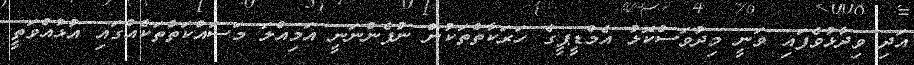
އަދި ވިދާޅުވެފައި ވަނީ މިދުވަސްކޮޅު އެމްޑީޕީގެ ހަރަކާތްތަކުން ނުފެންނަނީ އަމިއްލަ މަސައްކަތްތަކެއްގައި އުޅުއްވަތީ